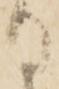
る